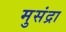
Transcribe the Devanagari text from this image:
मुसंद्रा